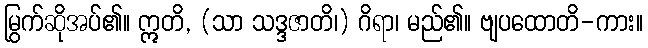
မြွက်ဆိုအပ်၏။ ဣတိ, (သာ သဒ္ဒဇာတိ၊) ဂိရာ၊ မည်၏။ ဗျပထောတိ-ကား။